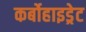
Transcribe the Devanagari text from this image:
कर्बोहाइड्रेट